Mental hospitals Bombay report 1921-28 - 1921-1928
Year: 1921
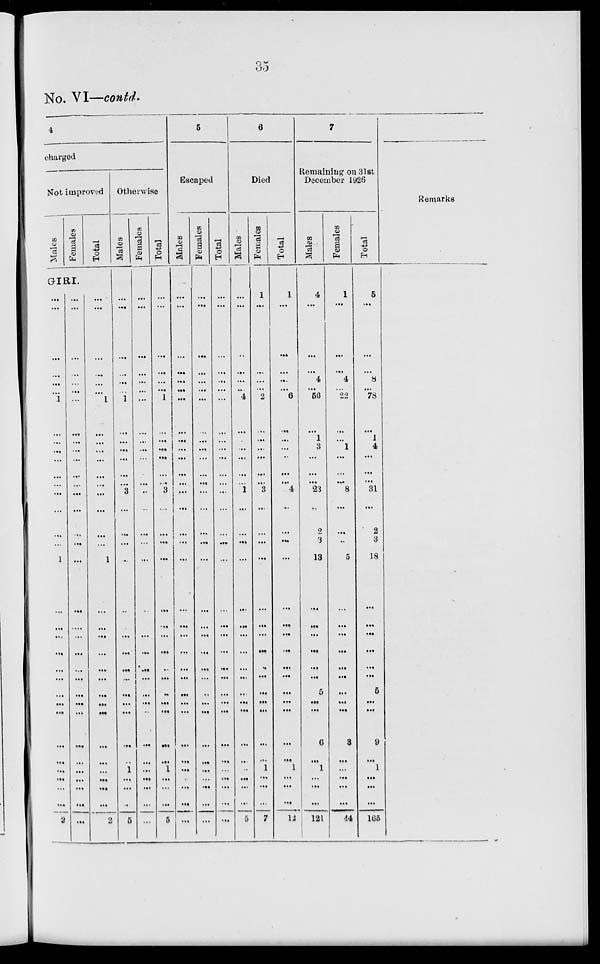
35
No. VI—contd.
4
charged
Not improved
Males
Females
Total
GIRI.
...
...
...
...
...
...
1
...
...
...
...
...
...
...
...
...
...
1
...
...
...
...
...
...
...
...
...
...
...
...
...
...
...
2
...
...
...
...
...
...
...
...
...
...
...
...
...
...
...
...
...
...
...
...
...
...
...
...
...
...
...
...
...
...
...
...
...
...
...
...
...
...
...
...
1
... ...
...
...
...
...
...
...
...
...
1
...
...
...
...
...
...
...
...
...
...
...
...
...
...
...
2
Otherwise
Males
...
...
...
...
...
...
1
...
...
...
...
...
...
3
...
...
...
...
...
...
...
...
...
...
...
...
...
...
...
1
...
...
...
5
Females
...
...
...
...
...
...
...
...
...
...
...
...
...
...
...
...
...
...
...
...
...
...
...
...
...
...
...
...
...
...
...
...
...
...
Total
...
...
...
...
...
...
1
...
...
...
...
...
...
3
...
...
...
...
...
...
...
...
...
...
...
...
...
...
...
1
...
...
...
5
5
Escaped
Males
...
...
...
...
...
...
...
...
...
...
...
...
...
...
...
...
...
...
...
...
...
...
...
...
...
...
...
...
...
...
...
...
...
...
Females
...
...
...
...
...
...
...
...
...
...
...
...
...
...
...
...
...
...
...
...
...
...
...
...
...
...
...
...
...
...
...
...
...
...
Total
...
...
...
...
...
...
...
...
...
...
...
...
...
...
...
...
...
...
...
...
...
...
...
...
...
...
...
...
...
...
...
...
...
...
6
Died
Males
...
...
...
...
...
...
4
...
...
...
...
...
...
1
...
...
...
...
...
...
...
...
...
...
...
...
...
...
...
...
...
...
...
5
Females
1
...
...
...
...
...
2
...
...
...
...
...
...
3
...
...
...
...
...
...
...
...
...
...
...
...
...
...
...
1
...
...
...
7
Total
1
...
...
...
...
... 6
...
...
...
...
...
... 4
...
...
...
...
...
...
...
...
...
...
...
...
...
...
...
1
...
...
...
12
7
Remaining on 31st
December 1926
Males
4
...
...
...
4
...
50
...
1
3
...
...
...
23
...
2
3
13
...
...
...
...
...
...
5
...
...
6
...
1
...
...
...
121
Females
1
...
...
...
4
...
22
...
...
1
...
...
...
8
...
...
...
5
...
...
...
...
...
...
...
...
...
8
...
...
...
...
...
44
Total
5
...
...
...
8
...
78
...
1
4
...
...
...
31
...
2
3
18
...
...
...
...
...
...
5
...
...
9
...
1
...
...
...
105
Remarks